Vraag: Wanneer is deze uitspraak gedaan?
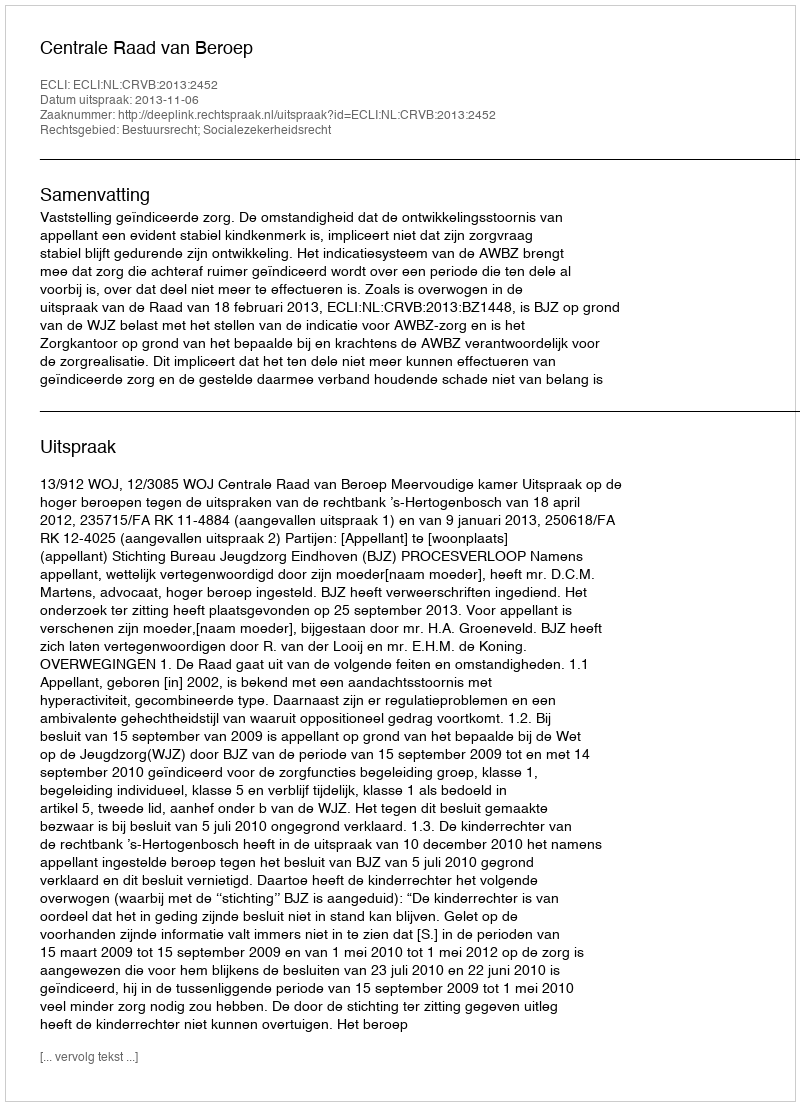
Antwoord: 2013-11-06